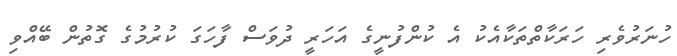
ހުނަރުވެރި ހަރަކާތްތަކާއެކު އެ ކުންފުނީގެ އަހަރީ ދުވަސް ފާހަގަ ކުރުމުގެ ގޮތުން ބޭއްވި